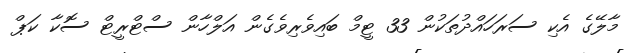
މާލޭގެ އެކި ސަރަހައްދުތަކުން 33 ޓީމް ބައިވެރިވެގެން އަލްހާން ސްޓްރީޓް ސޮކާ ކަޕް